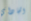
الجاداي